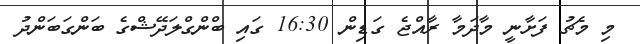
މި މެޗު ފަށާނީ މާދަމާ ރާއްޖެ ގަޑިން 16:30 ގައި ބްންގްލަދޭޝްގެ ބަންގަބަންދު